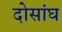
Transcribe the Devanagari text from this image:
दोसांघ